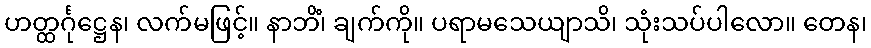
ဟတ္ထင်္ဂုဋ္ဌေန၊ လက်မဖြင့်။ နာဘိံ၊ ချက်ကို။ ပရာမသေယျာသိ၊ သုံးသပ်ပါလော။ တေန၊